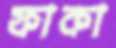
ফাকা